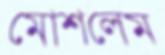
মোশলেম